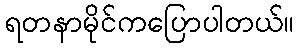
ရတနာမိုင်ကပြောပါတယ်။